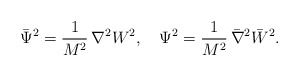
\begin{align*}{\bar \Psi}^2 = \frac{1}{M^2} \,\nabla^2 {W^2}, \quad \Psi^2 =\frac{1}{M^2} \,{\bar \nabla}^2 {\bar W}^2.\end{align*}